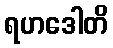
ရဟဒေါတိ